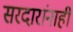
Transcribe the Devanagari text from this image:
सरदारांनाही